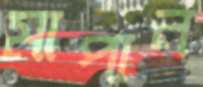
মাপান